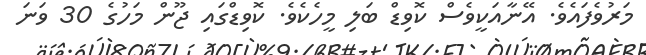
މަރުވެފައެވެ. އޭނާއަކީވެސް ކޮވިޑް ބަލި މީހެކެވެ. ކޮވިޑްގައި ޖޫން މަހުގެ 30 ވަނަ